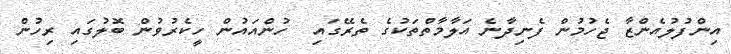
އިންފުލުއެންޒާ ޖެހުމުން ފެނިދާނެ އަލާމާތްތަކުގެ ތެރޭގައި  ހުންއައުން ހީކެރުވުން ބޮލުގައި ރިހުން